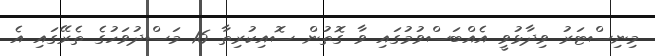
މިނިސްޓަރު ވިދާޅުވީ އެއްބަސްވުމުގައި ވާ ގޮތުން ސޮއިކުރިތާ 16 މަސްދުވަހުގެ ތެރޭގައި އެ